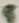
Text: 5